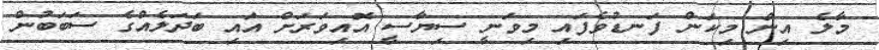
މާލެ އިން މިކަން ފަނޑުވެފައި މިވަނީ ސިޔާސީ އޮއިވަރަށް އައި ބަދަލެއްގެ ސަބަބުން